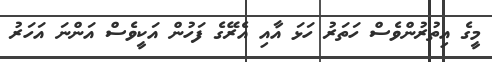
މީގެ އިތުރުންވެސް ހަތަރު ހަޅަ އާއި އެރޭގެ ފަހުން އަކީވެސް އަންނަ އަހަރު